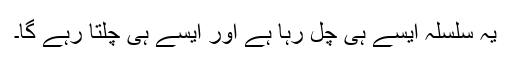
یہ سلسلہ ایسے ہی چل رہا ہے اور ایسے ہی چلتا رہے گا۔